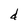
Character: d